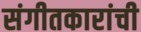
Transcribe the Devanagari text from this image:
संगीतकारांची